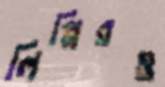
লিপ্পিরও